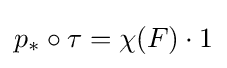
p_{*}\circ \tau =\chi (F)\cdot 1